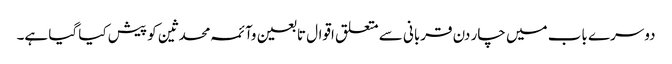
دوسرے باب میں چار دن قربانی سے متعلق اقوال تابعین وآئمہ محدثین کو پیش کیا گیا ہے۔